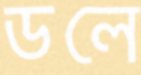
ডলে